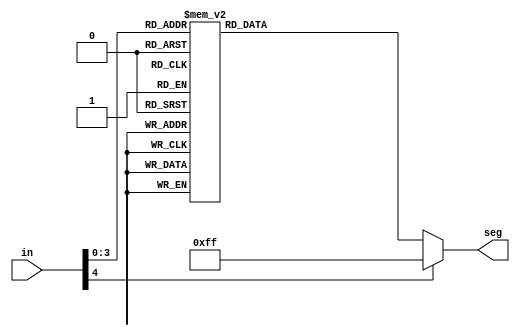
module SSD_LettersAndNums(in, seg);

	input [4:0] in;
	output [7:0] seg;
   reg [7:0] seg;

    always @(in)
    begin
        case (in) //case statement
            4'b0000 : seg = 8'b11000000; // display "0"
            4'b0001 : seg = 8'b11111001; // display "1"
            4'b0010 : seg = 8'b10100100; // display "2"
            4'b0011 : seg = 8'b10110000; // display "3"
            4'b0100 : seg = 8'b10011001; // display "4"
            4'b0101 : seg = 8'b10010010; // display "5"
            4'b0110 : seg = 8'b10000010; // display "6"
            4'b0111 : seg = 8'b11111000; // display "7"
            4'b1000 : seg = 8'b10000000; // display "8"
            4'b1001 : seg = 8'b10010000; // display "9"
				/*Letters for UI*/
				4'b1010 : seg = 8'b10001000; // display "A"
				4'b1011 : seg = 8'b10000011; // display "B"
				4'b1100 : seg = 8'b11000110; // display "C"
				/* misc. */
				4'b1101 : seg = 8'b10111111; // display "-"
				4'b1110 : seg = 8'b10101111; // display "r"
				4'b1111 : seg = 8'b10101011; // display "n"				

            default : seg = 8'b11111111; 
        endcase
    end
    
endmodule